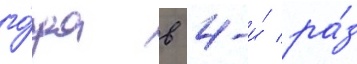
го́да в 4-и́ ра́з